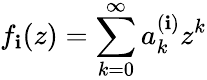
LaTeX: f_{\mathbf{i}}(z)=\sum_{k=0}^{\infty}a_{k}^{(\mathbf{i})}z^{k}